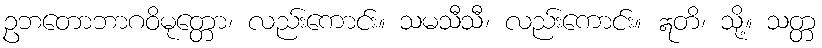
ဥဘတောဘာဂဝိမုတ္တော၊ လည်းကောင်း။ သမသီသီ၊ လည်းကောင်း။ ဣတိ၊ သို့။ သတ္တ